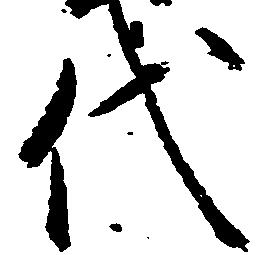
代